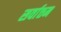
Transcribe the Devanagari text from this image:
सर्वात्तम